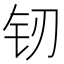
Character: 𲇰